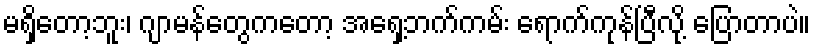
မရှိတော့ဘူး၊ ဂျာမန်တွေကတော့ အရှေ့ဘက်ကမ်း ရောက်ကုန်ပြီလို့ ပြောတာပဲ။